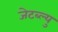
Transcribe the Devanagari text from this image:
जेटब्ल्यु